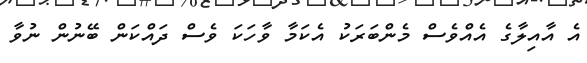
އެ އާއިލާގެ އެއްވެސް މެންބަރަކު އެކަމާ ވާހަކަ ވެސް ދައްކަން ބޭނުން ނުވާ